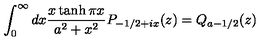
\int _ { 0 } ^ { \infty } d x \frac { x \tanh \pi x } { a ^ { 2 } + x ^ { 2 } } P _ { - 1 / 2 + i x } ( z ) = Q _ { a - 1 / 2 } ( z )